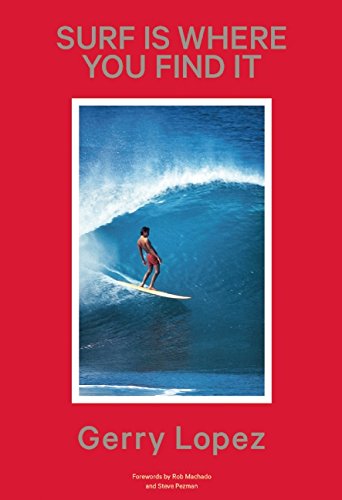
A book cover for Surf Is Where You Find It; Gerry Lopez; Sports & Outdoors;